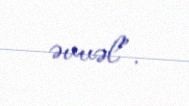
əvvəl”.